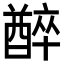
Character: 𨢅